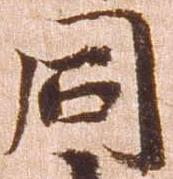
同